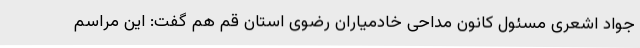
جواد اشعری مسئول کانون مداحی خادمیاران رضوی استان قم هم گفت: این مراسم